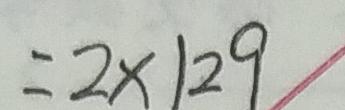
= 2 \times 1 2 9